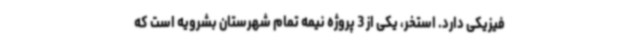
فیزیکی دارد. استخر، یکی از 3 پروژه نیمه تمام شهرستان بشرویه است که